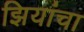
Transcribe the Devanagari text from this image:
झियांचा